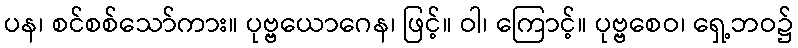
ပန၊ စင်စစ်သော်ကား။ ပုဗ္ဗယောဂေန၊ ဖြင့်။ ဝါ၊ ကြောင့်။ ပုဗ္ဗစေဝ၊ ရှေ့ဘဝ၌